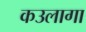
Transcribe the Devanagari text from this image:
कउलागा